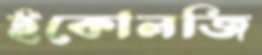
ইকোলজি